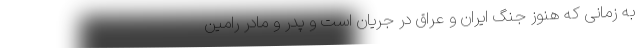
به زمانی که هنوز جنگ ایران و عراق در جریان است و پدر و مادر رامین